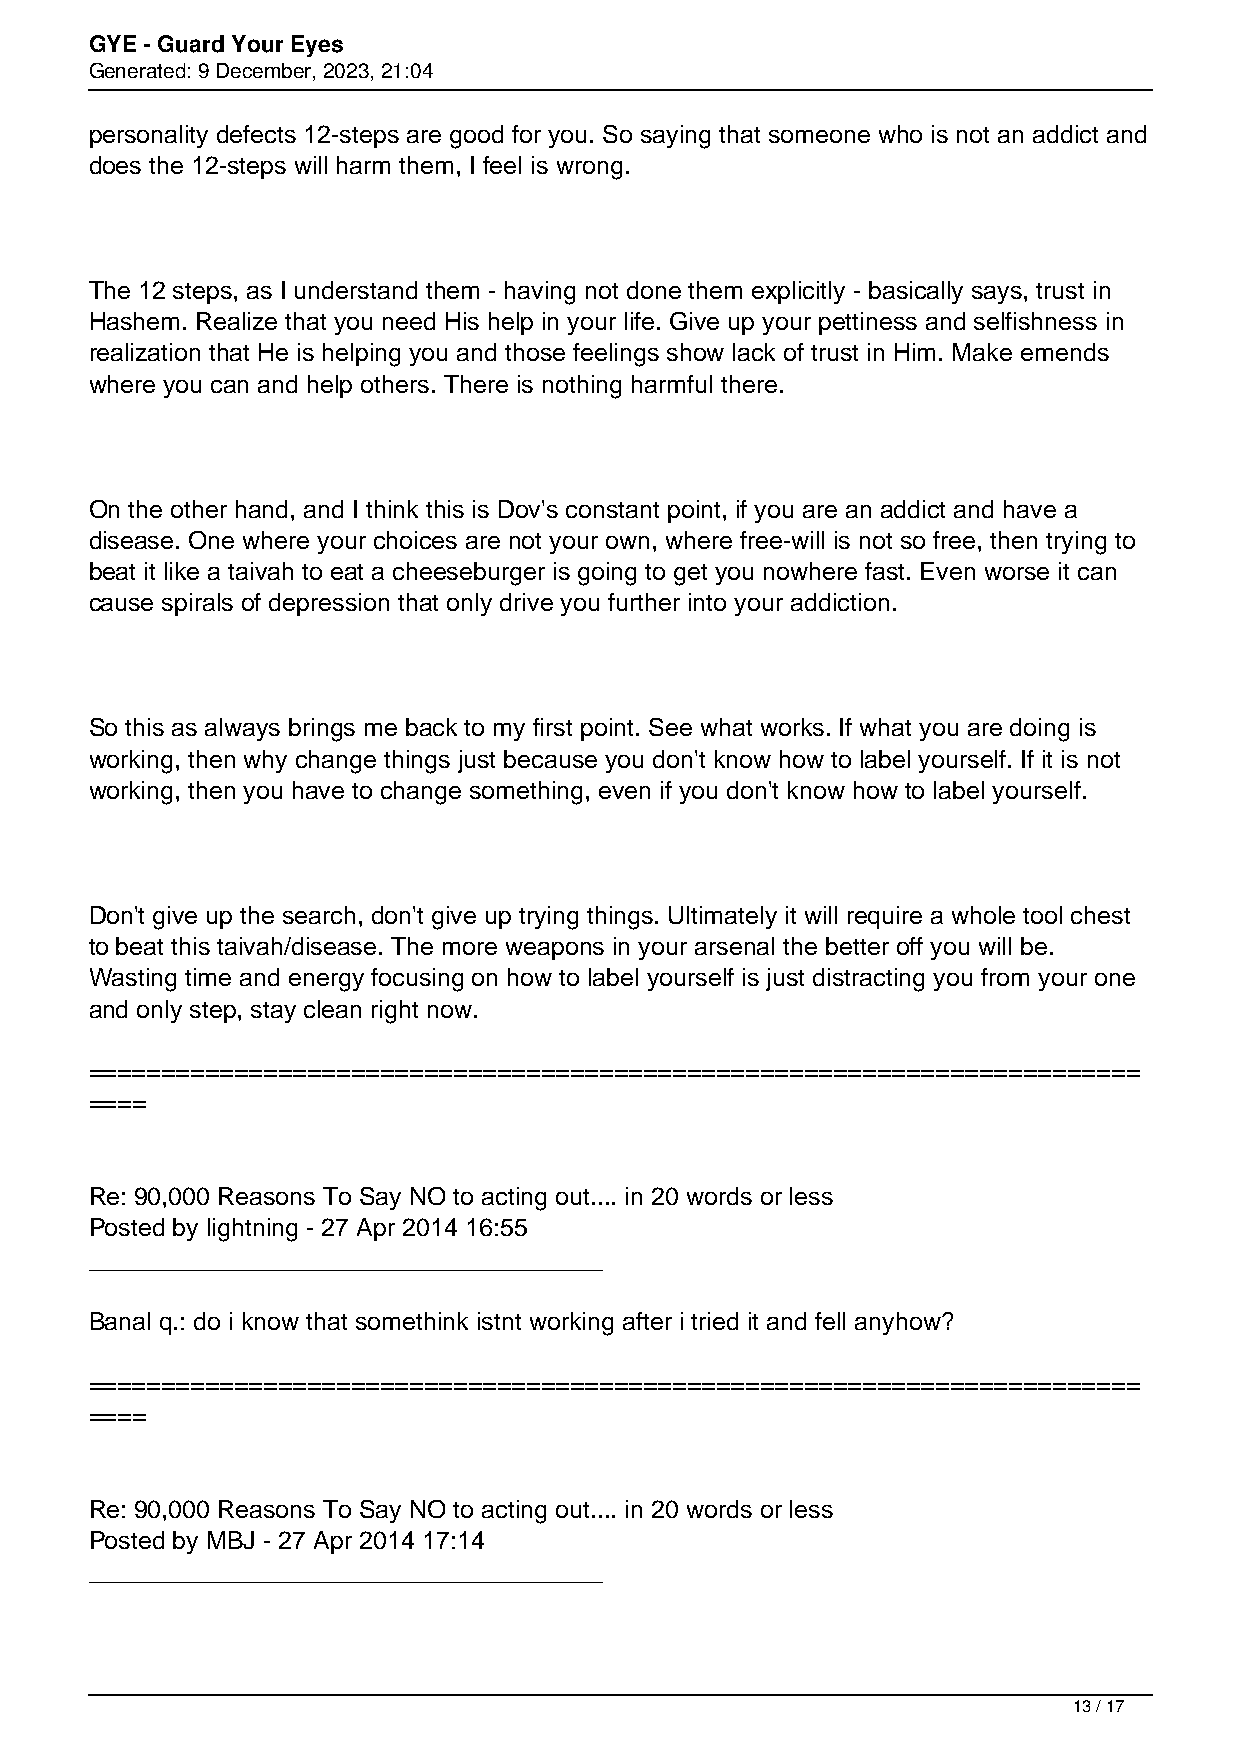
GYE - Guard Your Eyes
 Generated: 9 December, 2023, 21:04
 personality defects 12-steps are good for you. So saying that someone who is not an addict and
 does the 12-steps will harm them, I feel is wrong.
 The 12 steps, as I understand them - having not done them explicitly - basically says, trust in
 Hashem. Realize that you need His help in your life. Give up your pettiness and selfishness in
 realization that He is helping you and those feelings show lack of trust in Him. Make emends
 where you can and help others. There is nothing harmful there.
 On the other hand, and I think this is Dov's constant point, if you are an addict and have a
 disease. One where your choices are not your own, where free-will is not so free, then trying to
 beat it like a taivah to eat a cheeseburger is going to get you nowhere fast. Even worse it can
 cause spirals of depression that only drive you further into your addiction.
 So this as always brings me back to my first point. See what works. If what you are doing is
 working, then why change things just because you don't know how to label yourself. If it is not
 working, then you have to change something, even if you don't know how to label yourself.
 Don't give up the search, don't give up trying things. Ultimately it will require a whole tool chest
 to beat this taivah/disease. The more weapons in your arsenal the better off you will be.
 Wasting time and energy focusing on how to label yourself is just distracting you from your one
 and only step, stay clean right now.
 ========================================================================
 ====
 Re: 90,000 Reasons To Say NO to acting out.... in 20 words or less
 Posted by lightning - 27 Apr 2014 16:55
 _____________________________________
 Banal q.: do i know that somethink istnt working after i tried it and fell anyhow?
 ========================================================================
 ====
 Re: 90,000 Reasons To Say NO to acting out.... in 20 words or less
 Posted by MBJ - 27 Apr 2014 17:14
 _____________________________________
 13 / 17